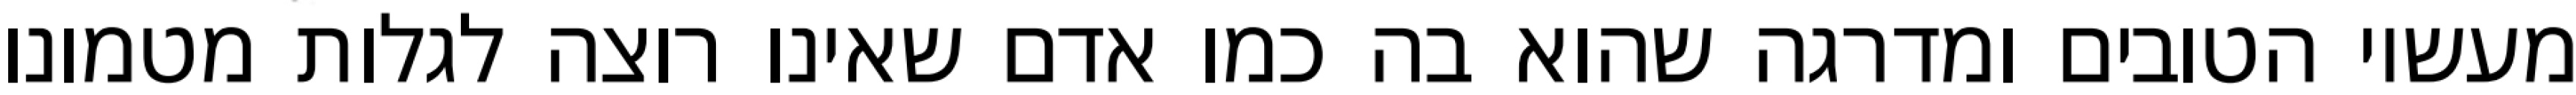
מעשיו הטובים ומדרגה שהוא בה כמו אדם שאינו רוצה לגלות מטמונו